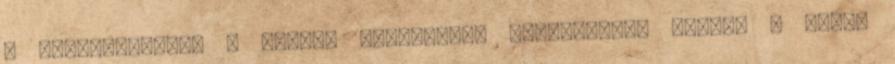
a fegyverzettel a brazil csatahajók megépítésük idején a világ